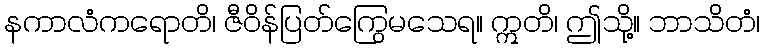
နကာလံကရောတိ၊ ဇီဝိန်ပြတ်ကြွေမသေရ။ ဣတိ၊ ဤသို့။ ဘာသိတံ၊